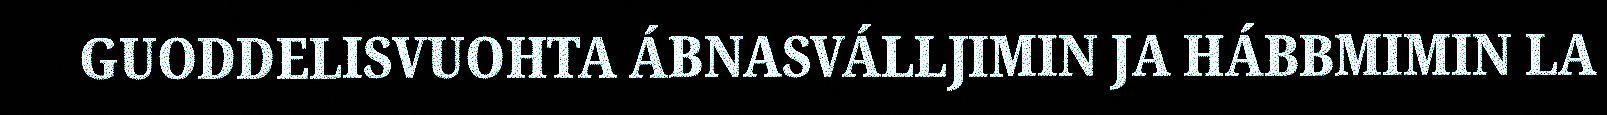
GUODDELISVUOHTA ÁBNASVÁLLJIMIN JA HÁBBMIMIN LA